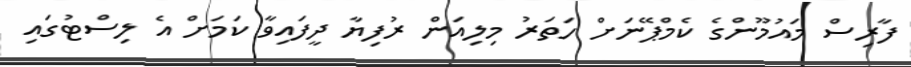
ފާރިސް މައުމޫންގެ ކެމްޕޭނަށް ހަތަރު މިލިއަން ރުފިޔާ ދީފައިވާ ކަމަށް އެ ލިސްޓުގައި